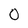
Character: 0